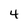
Character: 4